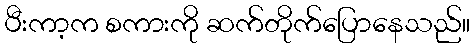
ပီးကာ့က စကားကို ဆက်တိုက်ပြောနေသည်။